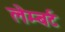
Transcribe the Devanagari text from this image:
लेम्‍बर्ट